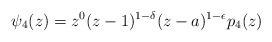
LaTeX: \begin{align*}\psi_{4}(z)=z^{0}(z-1)^{1-\delta}(z-a)^{1-\epsilon}p_{4}(z)\end{align*}